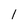
Character: 1